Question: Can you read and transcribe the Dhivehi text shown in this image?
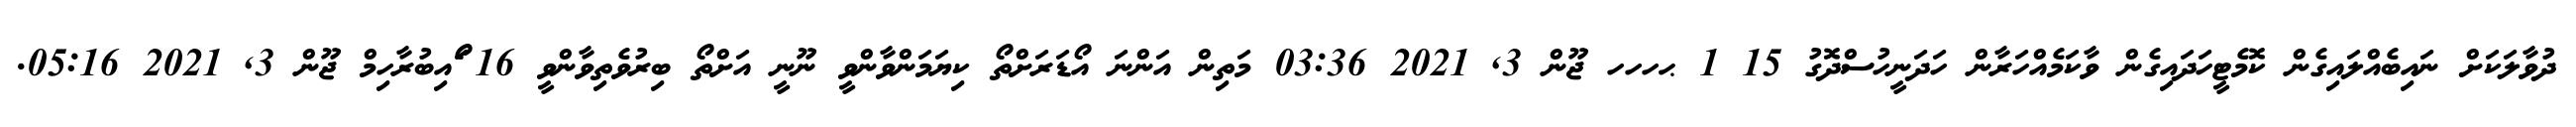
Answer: ދުވާލަކަށް ނައިބެއްލައިގެން ކޮމެޓީހަދައިގެން ވާކަމެއްހަރާން ހަދަނީހުސްދޮގު 15 1 ޙހހހ ޖޫން 3, 2021 03:36 މަތިން އަންނަ އޯޑަރަށްތޯ ކިޔަމަންވާންވީ ނޫނީ އަށްތޯ ބިރުވެތިވާންވީ 16 ޯައިބުރާހިމް ޖޫން 3, 2021 05:16.